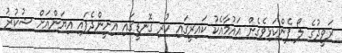
ރަވީދުގެ ލޯ ފެންކަޅިވެގެން އައުމާއެކު ކައިރީގައި ހުރި ގޮނޑީގައި އިށީންދެފައި އިޔަންއަށް ޝުކުރު